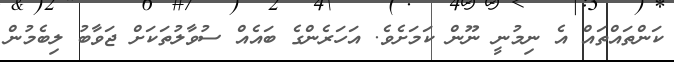
ކަންތައްތައް އެ ނިމުނީ ނޫން ކަމަށެވެ. އަހަރެންގެ ބައެއް ސުވާލުތަކަށް ޖަވާބު ލިބެމުން